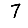
Digit: 7